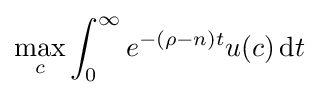
\max _{c}\int _{0}^{\infty }e^{-(\rho -n)t}u(c)\,\mathrm {d} t